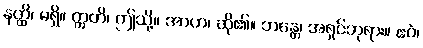
နတ္ထိ၊ မရှိ။ ဣတိ၊ ဤသို့။ အာဟ၊ ဆို၏။ ဘန္တေ၊ အရှင်ဘုရား။ ဧဝံ၊